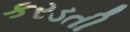
કરડતી